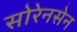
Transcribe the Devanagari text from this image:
सोरेनसेन